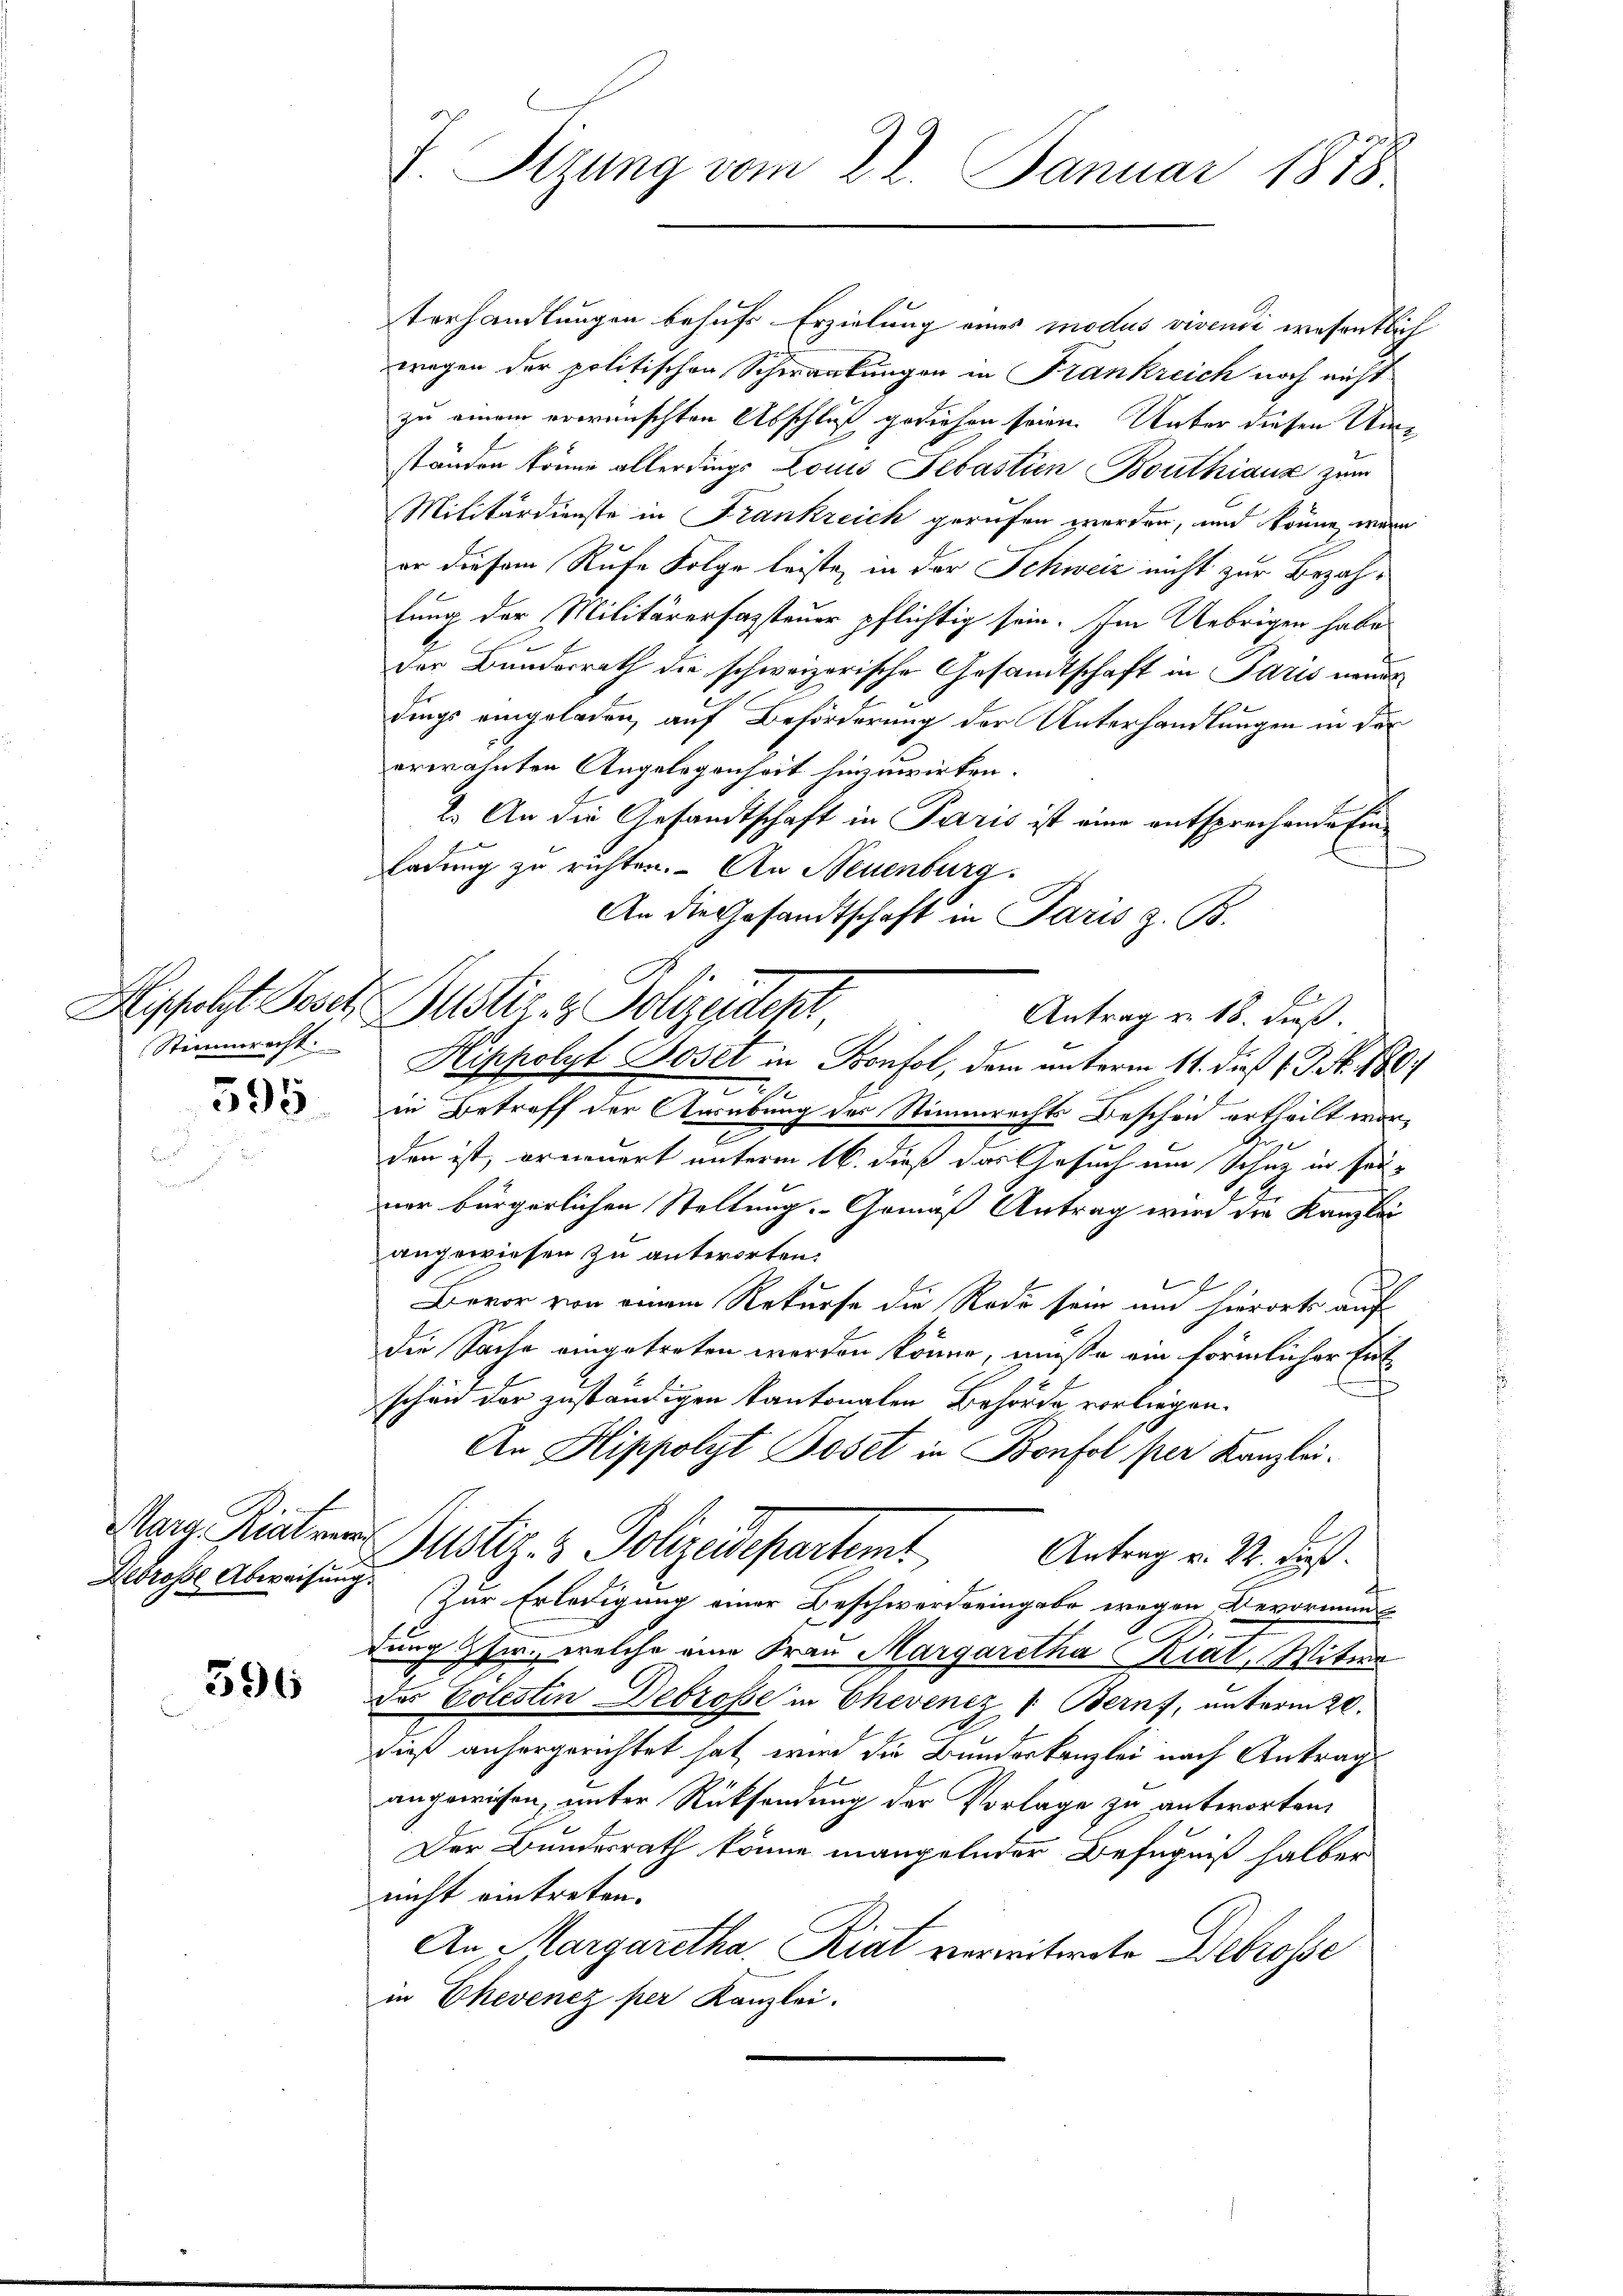
Stimmrecht.

595

Mary Riat ver
Aldrosse Abweisung.

596

F. Sitzung vom 22. Januar 1878

Hisfolgt Josef Bustiz- & Polizeident

terhandlungen behufs Erzielung eines modus vivendi wesentlich
wegen der politischen Schwankungen in Frankreich noch nicht
zu einem erwünschten Abschluß gediesen seien. Unter diesen Um¬
E
ständen könne allerdings Louis Sebastien Bouthiaux zum
Militärdienste in Frankreich gerufen werden, und könne, ware
er diesem Rufe Folge leiste, in der Schweiz nicht zur Bezahlung der Militärerfassteuer pflichtig sein. Im Uebrigen habe
der Bundesrath die schweizerische Gesamtschaft in Paris neuer
dings eingeladen, auf Beförderung der Unterhandlungen in der
erwähnten Angelegenheit hinzuwirken.
2. An die Gesandtschaft in Paris ist eine entsprechende Einladung zu richten. An Neuenburg.
An die Gesandtschaft in Paris z. B.
Antrag v. 18. dieß.
Hippolyt Boset in Pronfol, dem unterm 11. dieß (N. 180.
.
in Betreff der Ausübung des Stimmrechts Bescheid ertheilt wor¬
 x
den ist, erneuert unterm 16. dieß das Gesuch um Schaz in seiner bürgerlichen Stellung. Gemäß Antrag wird die Kanzlei-
angewiesen zu antworten.
Bevor von einem Rekurse die Rode sein und hierorts auf
die Sache eingetreten werden könne, müße ein förmlicher Ent
schen der zuständigen kantonalen Behörde, vorliegen.
An Hippolyt Böset in Bonfol per Kanzlei-
Justiz- & Polizeidepartemt
Antrag v. 22. dieß.
Zur Erledigung einer Beschwerde eingabe wegen Bevormun
.
dung Gsw., welche eine Frau Margaretha Riat, Witwe
Das Colestin Debrosse in Chevenez 1. Bern, unterm 20.
dieß anhergerichtet hat, wird die Bundeskanzlei nach Antrag
angewiesen, unter Rücksendung der Vorlage zu antworten,
Der Bundesrath könne mangelnder Befugniß halber
nicht eintreten.
An Margaretha Riat verwitwete Debrosse
in Ehevenez per Kanzlei.